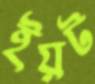
ইয়ট